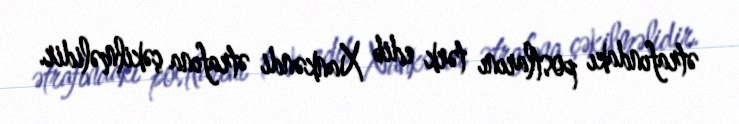
ətrafındakı postlarını tərk edib Xankəndi ətrafına çəkilməlidir.